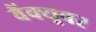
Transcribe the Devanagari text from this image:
वैंक्यूवर